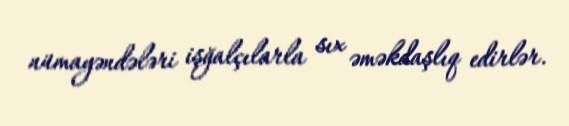
nümayəndələri işğalçılarla sıx əməkdaşlıq edirlər.